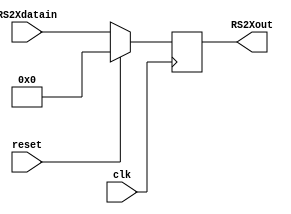
module rs2X (
    input wire clk,           // Seal de reloj
    input wire reset,         // Seal de reinicio
    input wire [31:0] RS2Xdatain, // Entrada de datos
    output reg [31:0] RS2Xout
);

always @(negedge clk) begin
    if (reset == 1) begin
        RS2Xout <= 32'b00000000000000000000000000000000;
    end
    else begin
        RS2Xout <= RS2Xdatain;
    end
end

endmodule